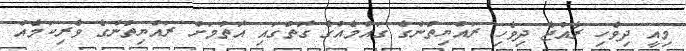
މިއީ ދިވެހި ރާއްޖެ ދިވެހި ރައްޔިތުންގެ ގައުމެއްގެ ގޮތުގައި އޮތުމަށް ރައްޔިތުންގެ ވެރިކަމެއް